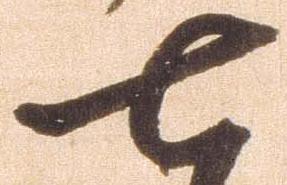
七